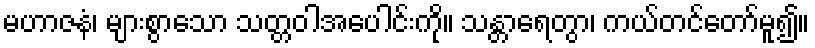
မဟာဇနံ၊ များစွာသော သတ္တဝါအပေါင်းကို။ သန္တာရေတွာ၊ ကယ်တင်တော်မူ၍။